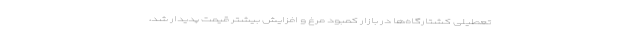
تعطیلی کشتارگاه‌ها در بازار کمبود مرغ و افزایش بیشتر قیمت پدیدار شد،